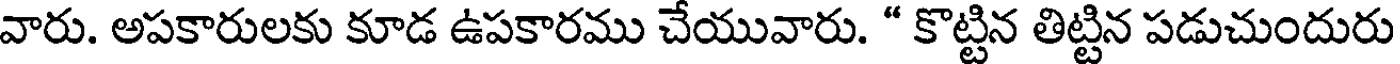
వారు. అపకారులకు కూడ ఉపకారము చేయువారు. " కొట్టిన తిట్టిన పడుచుందురు